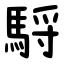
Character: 䮑